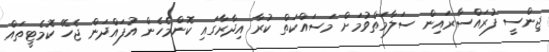
ޖިންސީ ފުރައްސާރައިން ސަލާމަތްވުމަށް މަސައްކަތް ކުރާ އިދާރާގައި ކޮންމެހެން އުފައްދަން ޖެހޭ ކޮމެޓީތައް